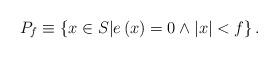
LaTeX: \begin{align*}P_{f}\equiv \left \{ x\in S|e\left( x\right) =0\wedge \left \vert x\right \vert<f\right \} . \end{align*}